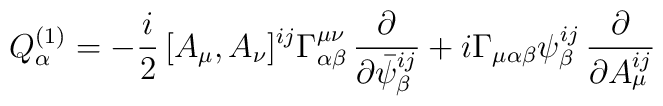
Q^{(1)}_{\alpha }=-\frac{i}{2}\,[A_{\mu },A_{\nu }]^{ij} \Gamma ^{\mu \nu }_{\alpha \beta }\, \frac{\partial }{\partial \bar{\psi }_{\beta}^{ij}} +i\Gamma _{\mu \alpha \beta }\psi _{\beta}^{ij}\,\frac{\partial }{\partial A_{\mu}^{ij}}